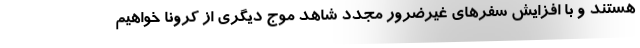
هستند و با افزایش سفرهای غیرضرور مجدد شاهد موج دیگری از کرونا خواهیم